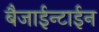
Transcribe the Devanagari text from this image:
बैजाईन्टाईन